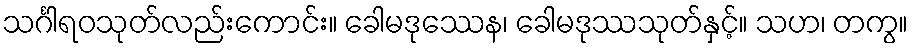
သင်္ဂါရဝသုတ်လည်းကောင်း။ ခေါမဒုဿေန၊ ခေါမဒုဿသုတ်နှင့်။ သဟ၊ တကွ။